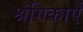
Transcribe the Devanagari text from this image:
श्रंगिकाएँ